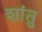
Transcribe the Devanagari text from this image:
शांतु